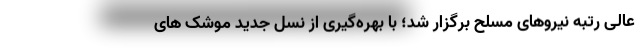
عالی رتبه نیروهای مسلح برگزار شد؛ با بهره‌گیری از نسل جدید موشک های